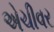
એચીવર